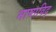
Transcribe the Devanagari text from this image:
भाषाविद्‍